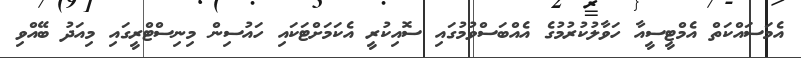
އެމަސައްކަތް އެމްޓީސީއާ ހަވާލުކުރުމުގެ އެއްބަސްވުމުގައި ސޮއިކުރީ އެކަމަށްޓަކައި ހައުސިން މިނިސްޓްރީގައި މިއަދު ބޭއްވި